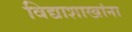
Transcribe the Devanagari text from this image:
विद्याशाखांना